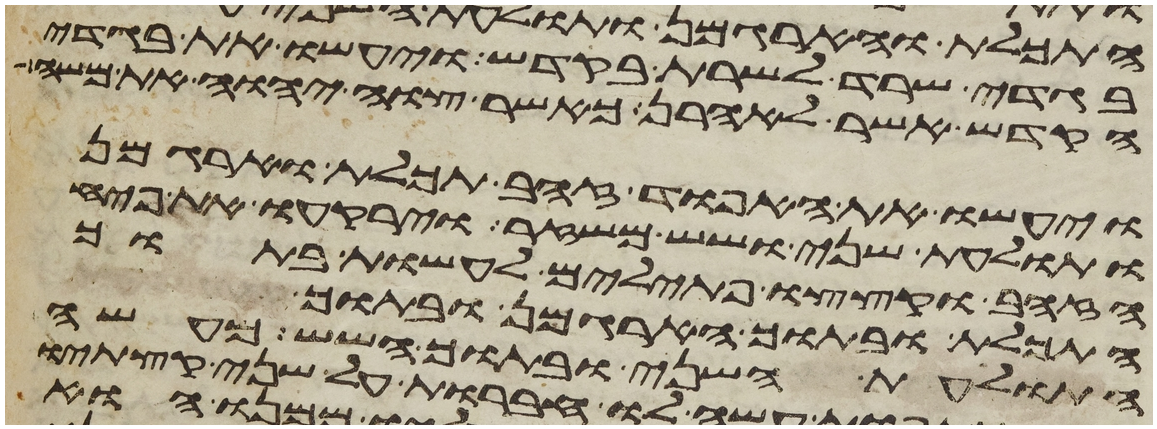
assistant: בגדי שרד לשרת בקדש ויעשו את בגדי
הקדש אשר לאהרן כאשר צוה יהוה את משה
ויעשו את האפוד זהב תכלת וארגמן
ותולעת שני ושש משזר וירקעו את פחי
הזהב וקצצו פתילים לעשות בתוך
התכלת ובתוך הארגמן ובתוך
התולעת השני ובתוך השש מעשה